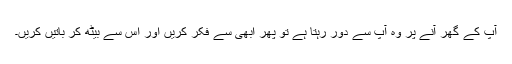
آپ کے گھر آنے پر وہ آپ سے دور رہتا ہے تو پھر ابھی سے فکر کریں اور اس سے بیٹھ کر باتیں کریں۔